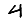
Digit: 4